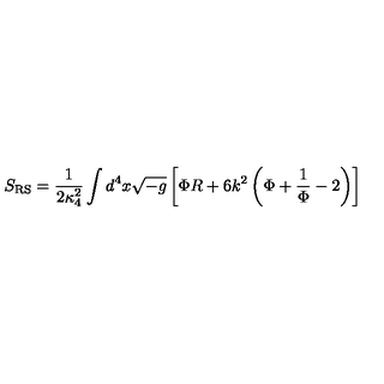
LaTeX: S _ { \mathrm { R S } } = { \frac { 1 } { 2 \kappa _ { 4 } ^ { 2 } } } \int d ^ { 4 } x \sqrt { - g } \left[ \Phi R + 6 k ^ { 2 } \left( \Phi + { \frac { 1 } { \Phi } } - 2 \right) \right]